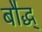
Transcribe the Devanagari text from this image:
बौद्ध्